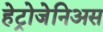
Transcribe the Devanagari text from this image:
हेट्रोजेनिअस